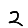
Digit: 2